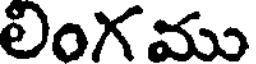
లింగము